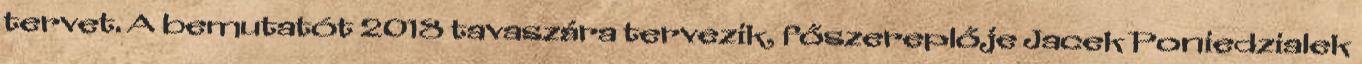
tervet. A bemutatót 2018 tavaszára tervezik, főszereplője Jacek Poniedzialek